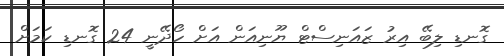
ގޮނޑި ލިބޭ އިރު ޒައަނިސްޓް ޔޫނިއަން އަށް ހޯދޭނީ 24 ގޮނޑި ކަމަށް